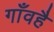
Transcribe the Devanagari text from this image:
गाँवहै